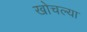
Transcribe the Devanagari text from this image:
खोचल्या